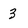
Character: 3